65_HS1-834228961_62-HQ-83894_Section_5
Agency: FBI
Page 25
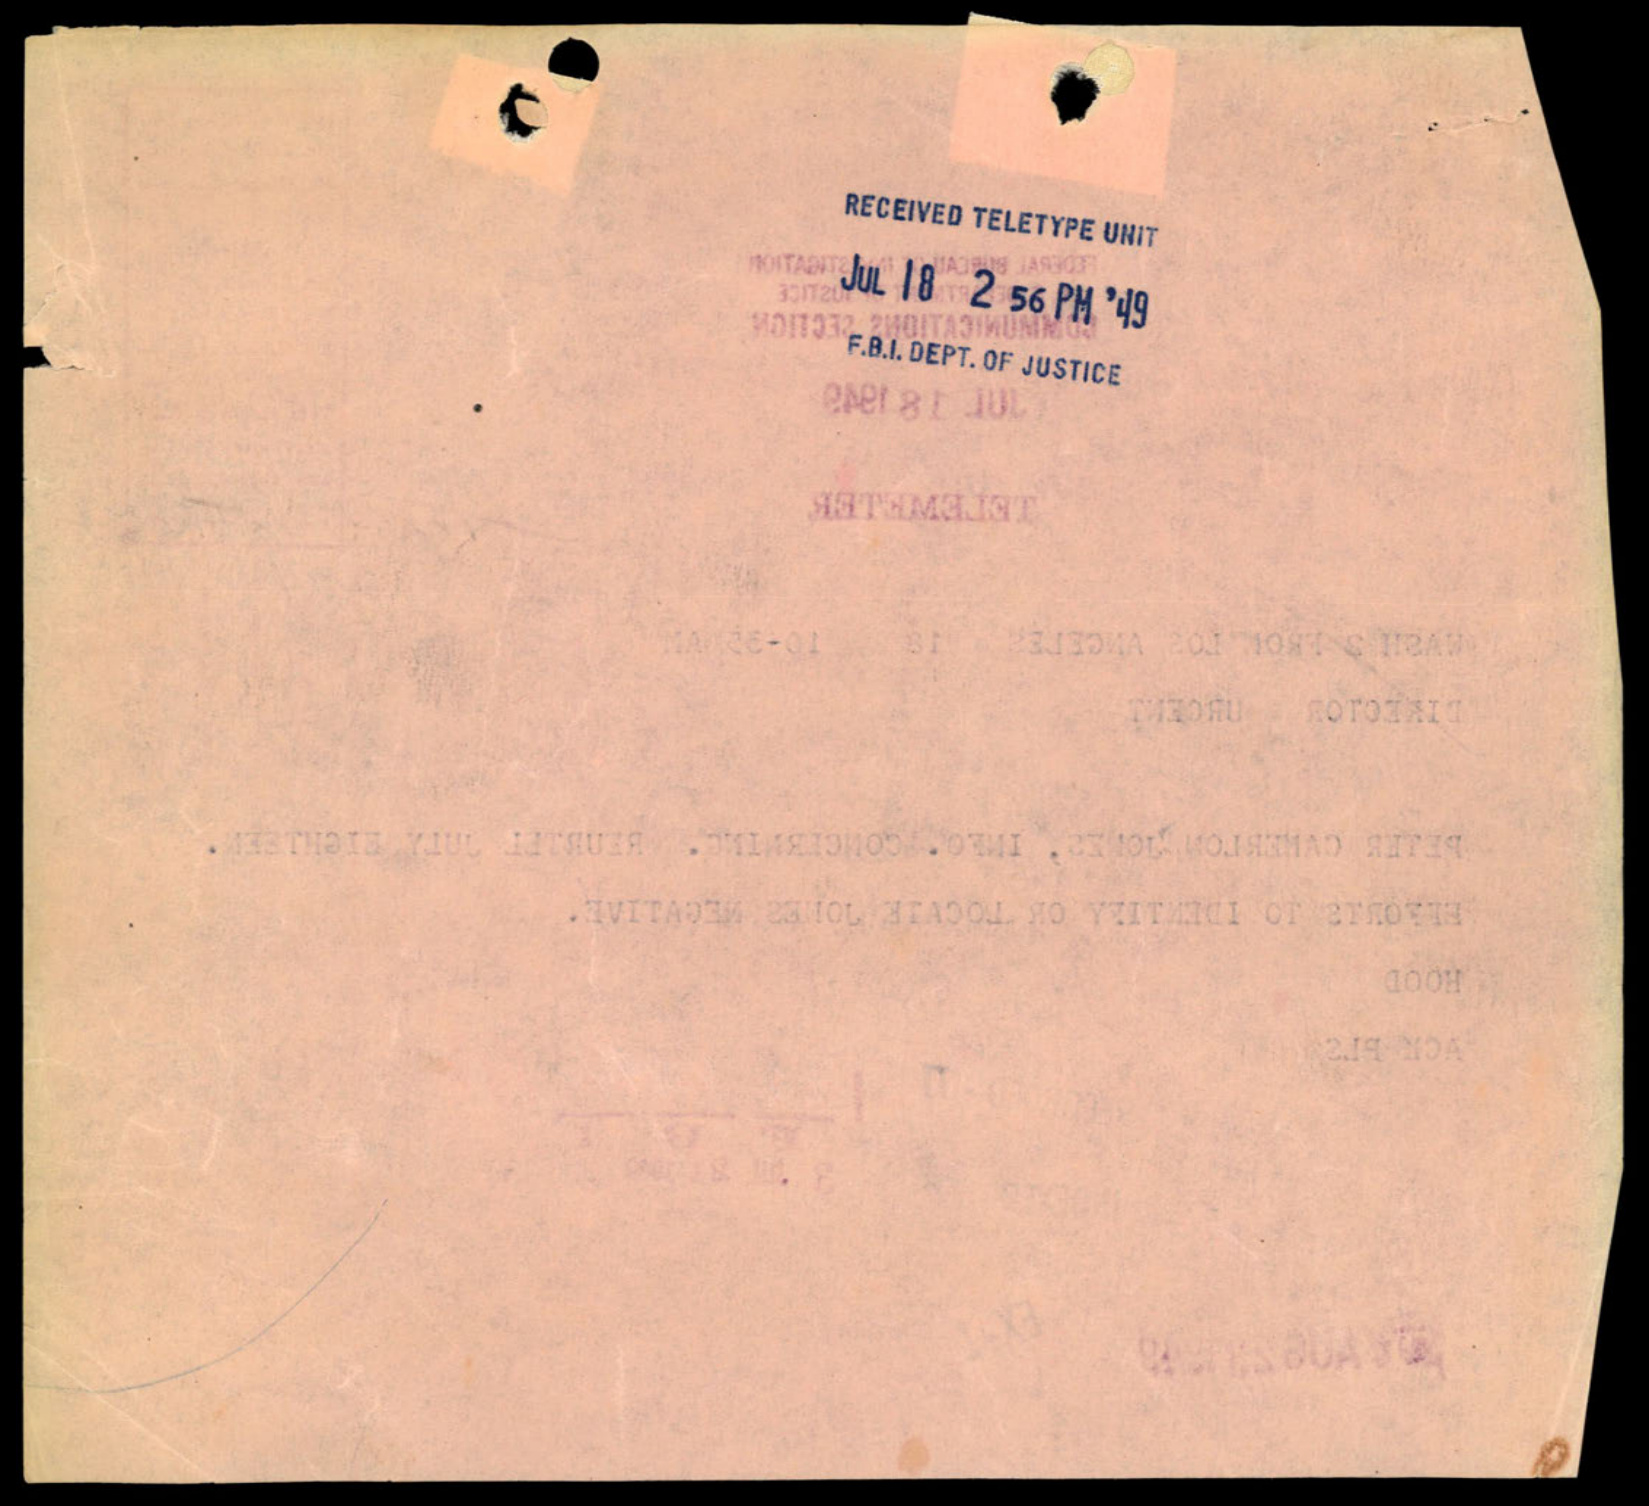